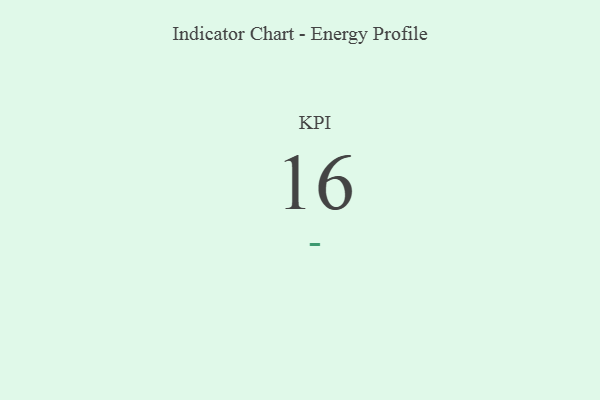
{"axis": {"x": "KPI", "y": "Value"}, "legend": [""], "data": [{"x": "KPI", "y": 16, "type": ""}]}